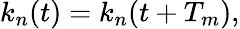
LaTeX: k_{n}(t)=k_{n}(t+T_{m}),